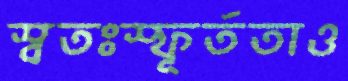
স্বতঃস্ফূর্ততাও